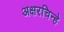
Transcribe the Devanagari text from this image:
अक्षरचिन्हे